Vaccination in Bombay 1874-1876 - 1874-1876
Year: 1874
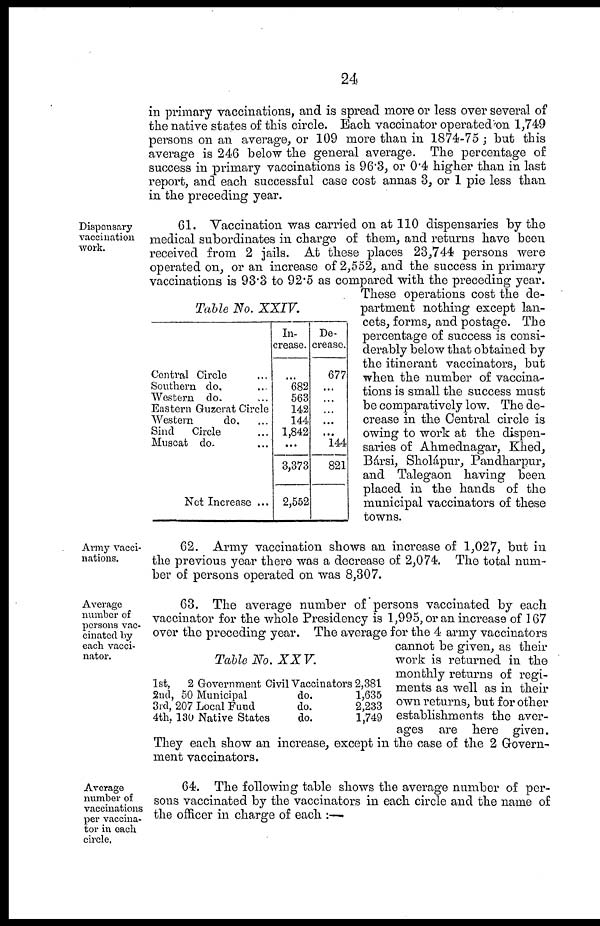
24
in primary vaccinations, and is spread more or less over several of
the native states of this circle. Each vaccinator operated on 1,749
persons on an average, or 109 more than in 1874-75 ; but this
average is 246 below the general average. The percentage of
success in primary vaccinations is 96.3, or 0.4 higher than in last
report, and each successful case cost annas 3, or 1 pie less than
in the preceding year.
Dispensary
vaccination
work.
Table No. XXIV.
Central Circle ...
Southern do. ...
Western do. ...
Eastern Guzerat Circle
Western
do. ...
Sind
Circle ...
Muscat do. ...
Not Increase ...
In-
crease.
...
682
563
142
144
1,842
...
3,373
2,552
De-
crease.
677
...
...
...
...
...
144
821
61. Vaccination was carried on at 110 dispensaries by the
medical subordinates in charge of them, and returns have been
received from 2 jails. At these places 23,744 persons were
operated on, or an increase of 2,552, and the success in primary
vaccinations is 93.3 to 92.5 as compared with the preceding year.
These operations cost the de-
partment nothing except lan-
cets, forms, and postage. The
percentage of success is consi-
derably below that obtained by
the itinerant vaccinators, but
when the number of vaccina-
tions is small the success must
be comparatively low. The de-
crease in the Central circle is
owing to work at the dispen-
saries of Ahmednagar, Khed,
Bársi, Sholápur, Pandharpur,
and Talegaon having been
placed in the hands of the
municipal vaccinators of these
towns.
Army vacci-
nations.
62. Army vaccination shows an increase of 1,027, but in
the previous year there was a decrease of 2,074. The total num-
ber of persons operated on was 8,307.
Average
number of
persons vac-
cinated by
each vacci-
nator.
Table No. XXV.
1st, 2 Government Civil Vaccinators
2nd, 50 Municipal
do.
3rd, 207 Local Fund
do.
4th. 130 Native States
do.
2,381
1,635
2,233
1,749
63. The average number of persons vaccinated by each
vaccinator for the whole Presidency is 1,995, or an increase of 167
over the preceding year. The average for the 4 army vaccinators
cannot be given, as their
work is returned in the
monthly returns of regi-
ments as well as in their
own returns, but for other
establishments the aver-
ages are here given.
They each show an increase, except in the case of the 2 Govern-
ment vaccinators.
Average
number of
vaccinations
per vaccina-
tor in each
circle,
64. The following table shows the average number of per-
sons vaccinated by the vaccinators in each circle and the name of
the officer in charge of each :—.